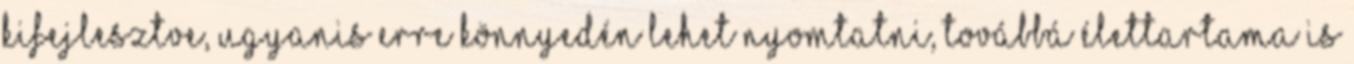
kifejlesztve, ugyanis erre könnyedén lehet nyomtatni, továbbá élettartama is